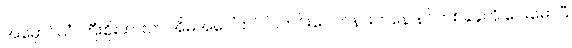
အမှောင်ယံ ကြီးစိုးထားတဲ အိမ်အပေါ်ထပ် ပြတင်းပေါက်နားကနေ နင်တစ်ခုခုကို ငေးမောပြီ